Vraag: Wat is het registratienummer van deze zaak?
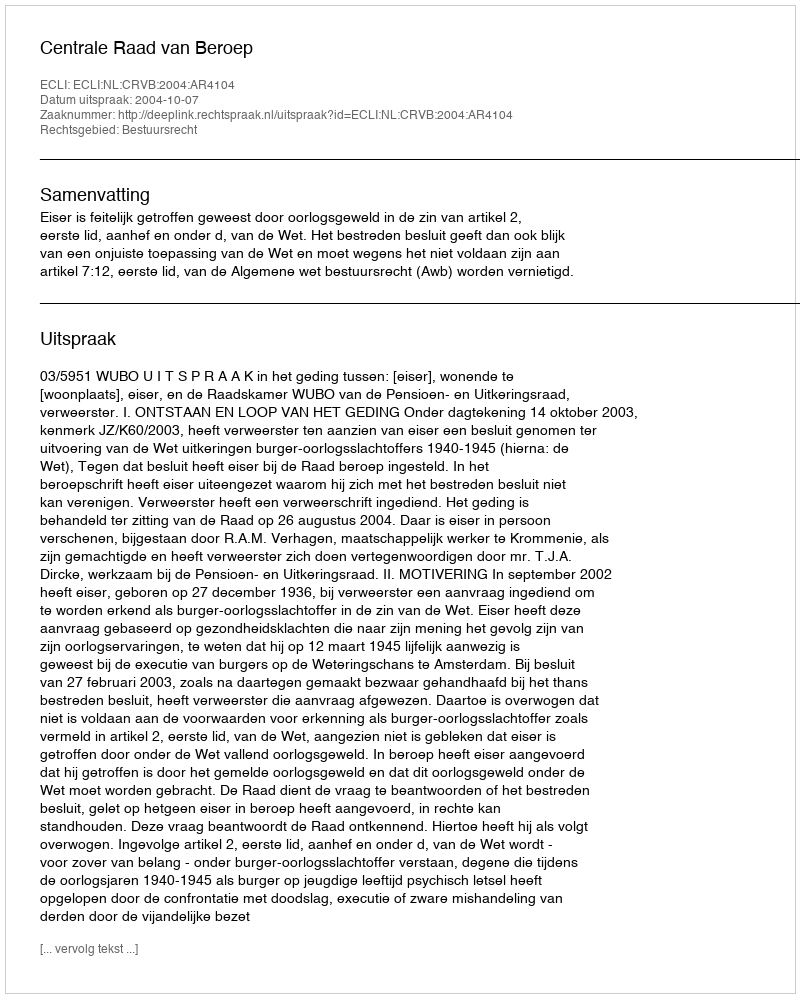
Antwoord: http://deeplink.rechtspraak.nl/uitspraak?id=ECLI:NL:CRVB:2004:AR4104